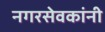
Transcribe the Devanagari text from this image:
नगरसेवकांनी